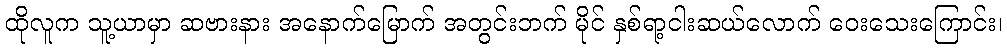
ထိုလူက သူ့ယာမှာ ဆဗားနား အနောက်မြောက် အတွင်းဘက် မိုင် နှစ်ရာ့ငါးဆယ်လောက် ဝေးသေးကြောင်း၊